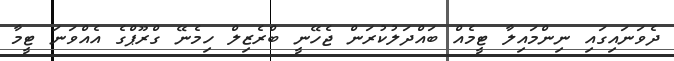
ދެވަނައިގައި ނިންމައިލާ ޓީމެއް ބައްދަލުކުރަން ޖެހޭނީ ބްރެޒިލް ހިމެނޭ ގްރޫޕްގެ އެއްވަނަ ޓީމާ